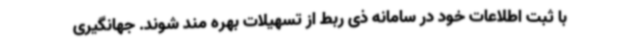
با ثبت اطلاعات خود در سامانه ذی ربط از تسهیلات بهره مند شوند. جهانگیری